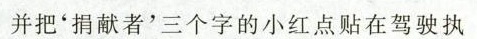
并把'捐献者'三个字的小红点贴在驾驶执